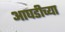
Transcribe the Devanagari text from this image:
आघडीच्या